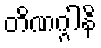
တိဏဂ္ဂါနိ